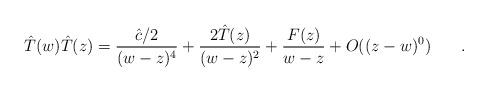
LaTeX: \begin{align*}\hat{T}(w)\hat{T}(z)=\frac{\hat{c}/2}{(w-z)^4} + \frac{2 \hat{T}(z)}{(w-z)^2} + \frac{F(z)}{w-z}+O((z-w)^0) \hspace{.3in}. \end{align*}